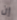
إن